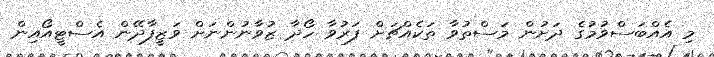
މި އެެއްބަސްވުމުގެ ދަށުން މަސްތުވާ ތަކެއްޗަށް ފަރުވާ ހޯދާ ޒުވާނުންނަށް ވަޒީފާދޭން އެސްޓީއޯއިން